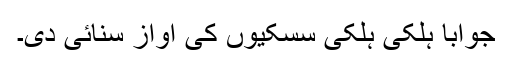
جواباً ہلکی ہلکی سسکیوں کی آواز سنائی دی۔